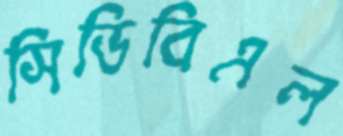
সিডিবিএল